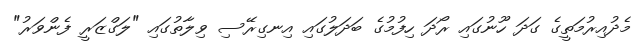
މެދުއިރުމަތީގެ ގަދަ ހޫނުގައި ރޯދަ ހިފުމުގެ ބަދަލުގައި އިނގިރޭސި ވިލާތުގައި "ލަގްޒަރީ ފެންވަރު"